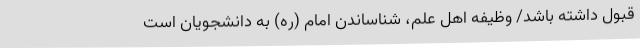
قبول داشته باشد/ وظیفه اهل علم، شناساندن امام (ره) به دانشجویان است